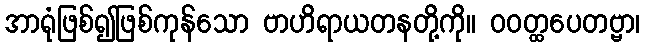
အာရုံဖြစ်၍ဖြစ်ကုန်သော ဗာဟိရာယတနတို့ကို။ ဝဝတ္ထပေတဗ္ဗာ၊